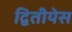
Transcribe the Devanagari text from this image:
द्वितीयेस